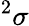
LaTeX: ^2\sigma